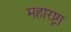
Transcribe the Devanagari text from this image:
महारष्ट्रा